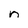
Character: n